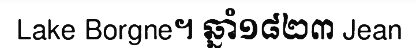
Lake Borgne។ ឆ្នាំ១៨២៣ Jean